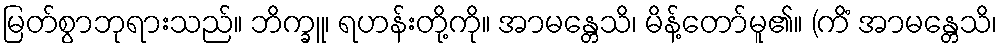
မြတ်စွာဘုရားသည်။ ဘိက္ခူ၊ ရဟန်းတို့ကို။ အာမန္တေသိ၊ မိန့်တော်မူ၏။ (ကိံ အာမန္တေသိ၊